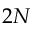
2 N